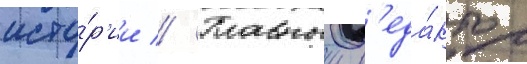
исто́р'ии // Главныи р'еда́ктор